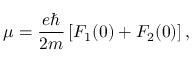
\mu = \frac { e \hbar } { 2 m } \left[ F _ { 1 } ( 0 ) + F _ { 2 } ( 0 ) \right] ,